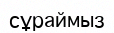
сұраймыз